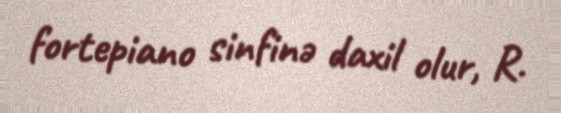
fortepiano sinfinə daxil olur, R.